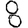
Digit: 8